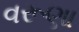
વરૂણા